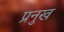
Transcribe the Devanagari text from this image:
प्रनुख